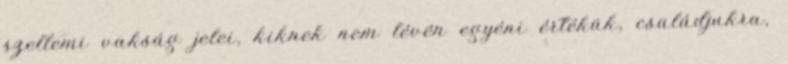
szellemi vakság jelei, kiknek nem lévén egyéni értékük, családjukra,